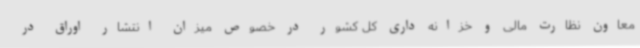
معاون نظارت مالی و خزانه داری کل کشور در خصوص میزان انتشار اوراق در